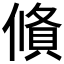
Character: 𬿩